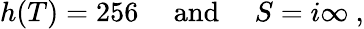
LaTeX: h(T)=256\quad\mathrm{~and~}\quad S=i\infty\ ,